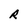
Character: R